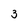
Character: 3